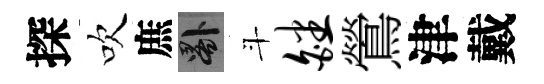
探吹庶晷斗皤鶯津戴